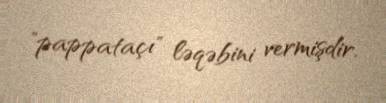
"pappataçı" ləqəbini vermişdir.